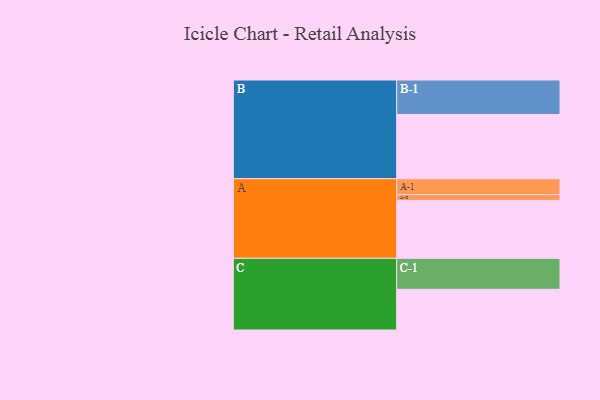
{"axis": {"x": "Segment", "y": "Value"}, "legend": ["", "A", "B", "C"], "data": [{"x": "A", "y": 501, "type": ""}, {"x": "B", "y": 556, "type": ""}, {"x": "C", "y": 352, "type": ""}, {"x": "A-1", "y": 137, "type": "A"}, {"x": "A-2", "y": 50, "type": "A"}, {"x": "B-1", "y": 298, "type": "B"}, {"x": "C-1", "y": 268, "type": "C"}]}